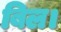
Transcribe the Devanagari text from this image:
बिल।